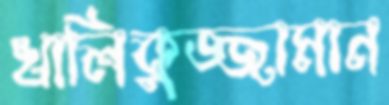
খালিকুজ্জামান